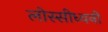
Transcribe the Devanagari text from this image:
लोस्सीध्वनी